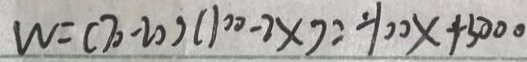
W = ( 7 0 - 2 0 ) ( 1 0 0 - 2 x ) = - 1 0 0 x + 5 0 0 0